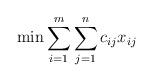
LaTeX: \begin{align*}\min \sum_{i=1}^m\sum_{j=1}^n c_{ij}x_{ij}\end{align*}